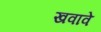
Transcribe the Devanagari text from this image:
खवावे